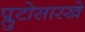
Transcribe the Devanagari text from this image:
प्लुटोसारखे